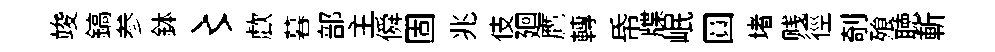
竣鎬参鉢〻歔暮部主僢固兆伎廻鷹轉帋牒岷圓堵贱徑剞飱聴斬